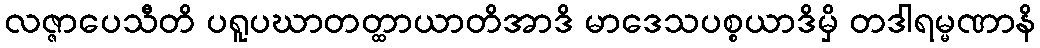
လဇ္ဇာပေသီတိ ပရူပဃာတတ္ထာယာတိအာဒိ မာဒေသပစ္စယာဒိမှိ တဒါရမ္မဏာနိ